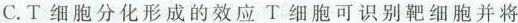
C.T细胞分化形成的效应T细胞可识别靶细胞并将